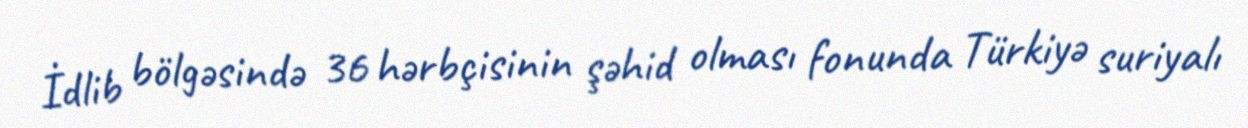
İdlib bölgəsində 36 hərbçisinin şəhid olması fonunda Türkiyə suriyalı